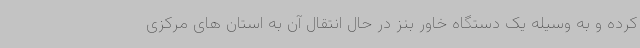
کرده و به وسیله یک دستگاه خاور بنز در حال انتقال آن به استان های مرکزی